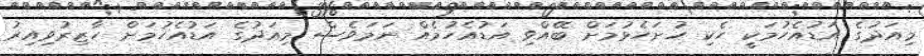
މިއަދުގެ އަޑުއެހުމަކީ ހެކި ހުށަހެޅުމަށް ބޭއްވި އަޑުއެހުމެއް ނަމަވެސް މިއަދުގެ އަޑުއެހުމަށް ހާޒިރުވިއިރު